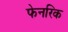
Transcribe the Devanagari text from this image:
फेनरिक